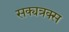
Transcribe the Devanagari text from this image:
सक्यत्रक्स